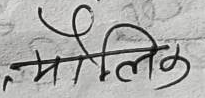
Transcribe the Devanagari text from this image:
मौलिक